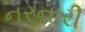
નરનારી